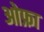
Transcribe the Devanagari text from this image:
ओफ्रा